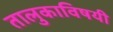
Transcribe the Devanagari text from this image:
तालुकाविषयी